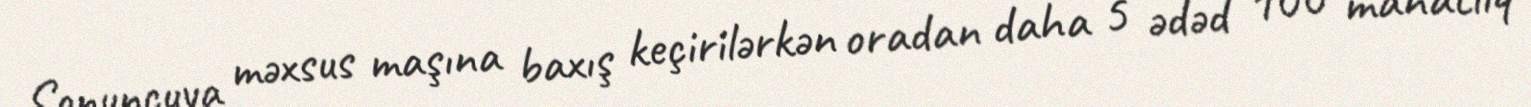
Sonuncuya məxsus maşına baxış keçirilərkən oradan daha 5 ədəd 100 manatlıq